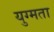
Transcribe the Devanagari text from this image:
युग्मता